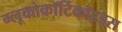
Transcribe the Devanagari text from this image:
ग्लूकोकॉर्टिकॉइड्स